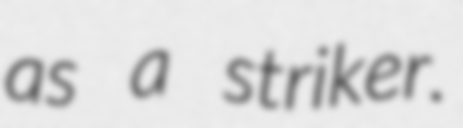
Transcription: as a striker.